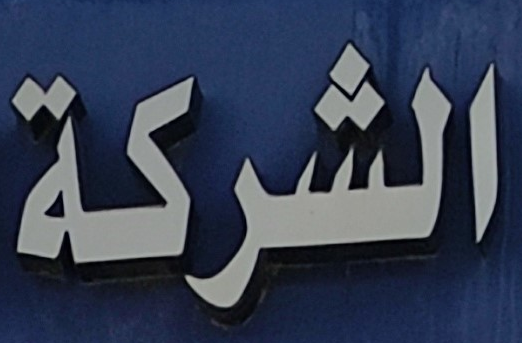
الشركة